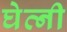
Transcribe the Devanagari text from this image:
घेव्नी